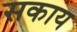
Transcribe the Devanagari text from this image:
सकाय